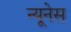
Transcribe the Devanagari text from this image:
न्यूनेस